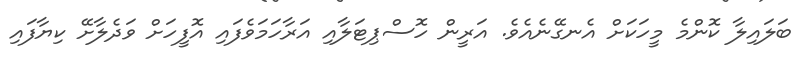
ބަލައިލާ ކޮންމެ މީހަކަށް އެނގޭނެއެވެ. އަރީން ހޮސްޕިޓަލާއި އަރާހަމަވެފައި އޮފީހަށް ވަދެލާށޭ ކިޔާފައި